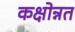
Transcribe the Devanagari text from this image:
कक्षोन्नत